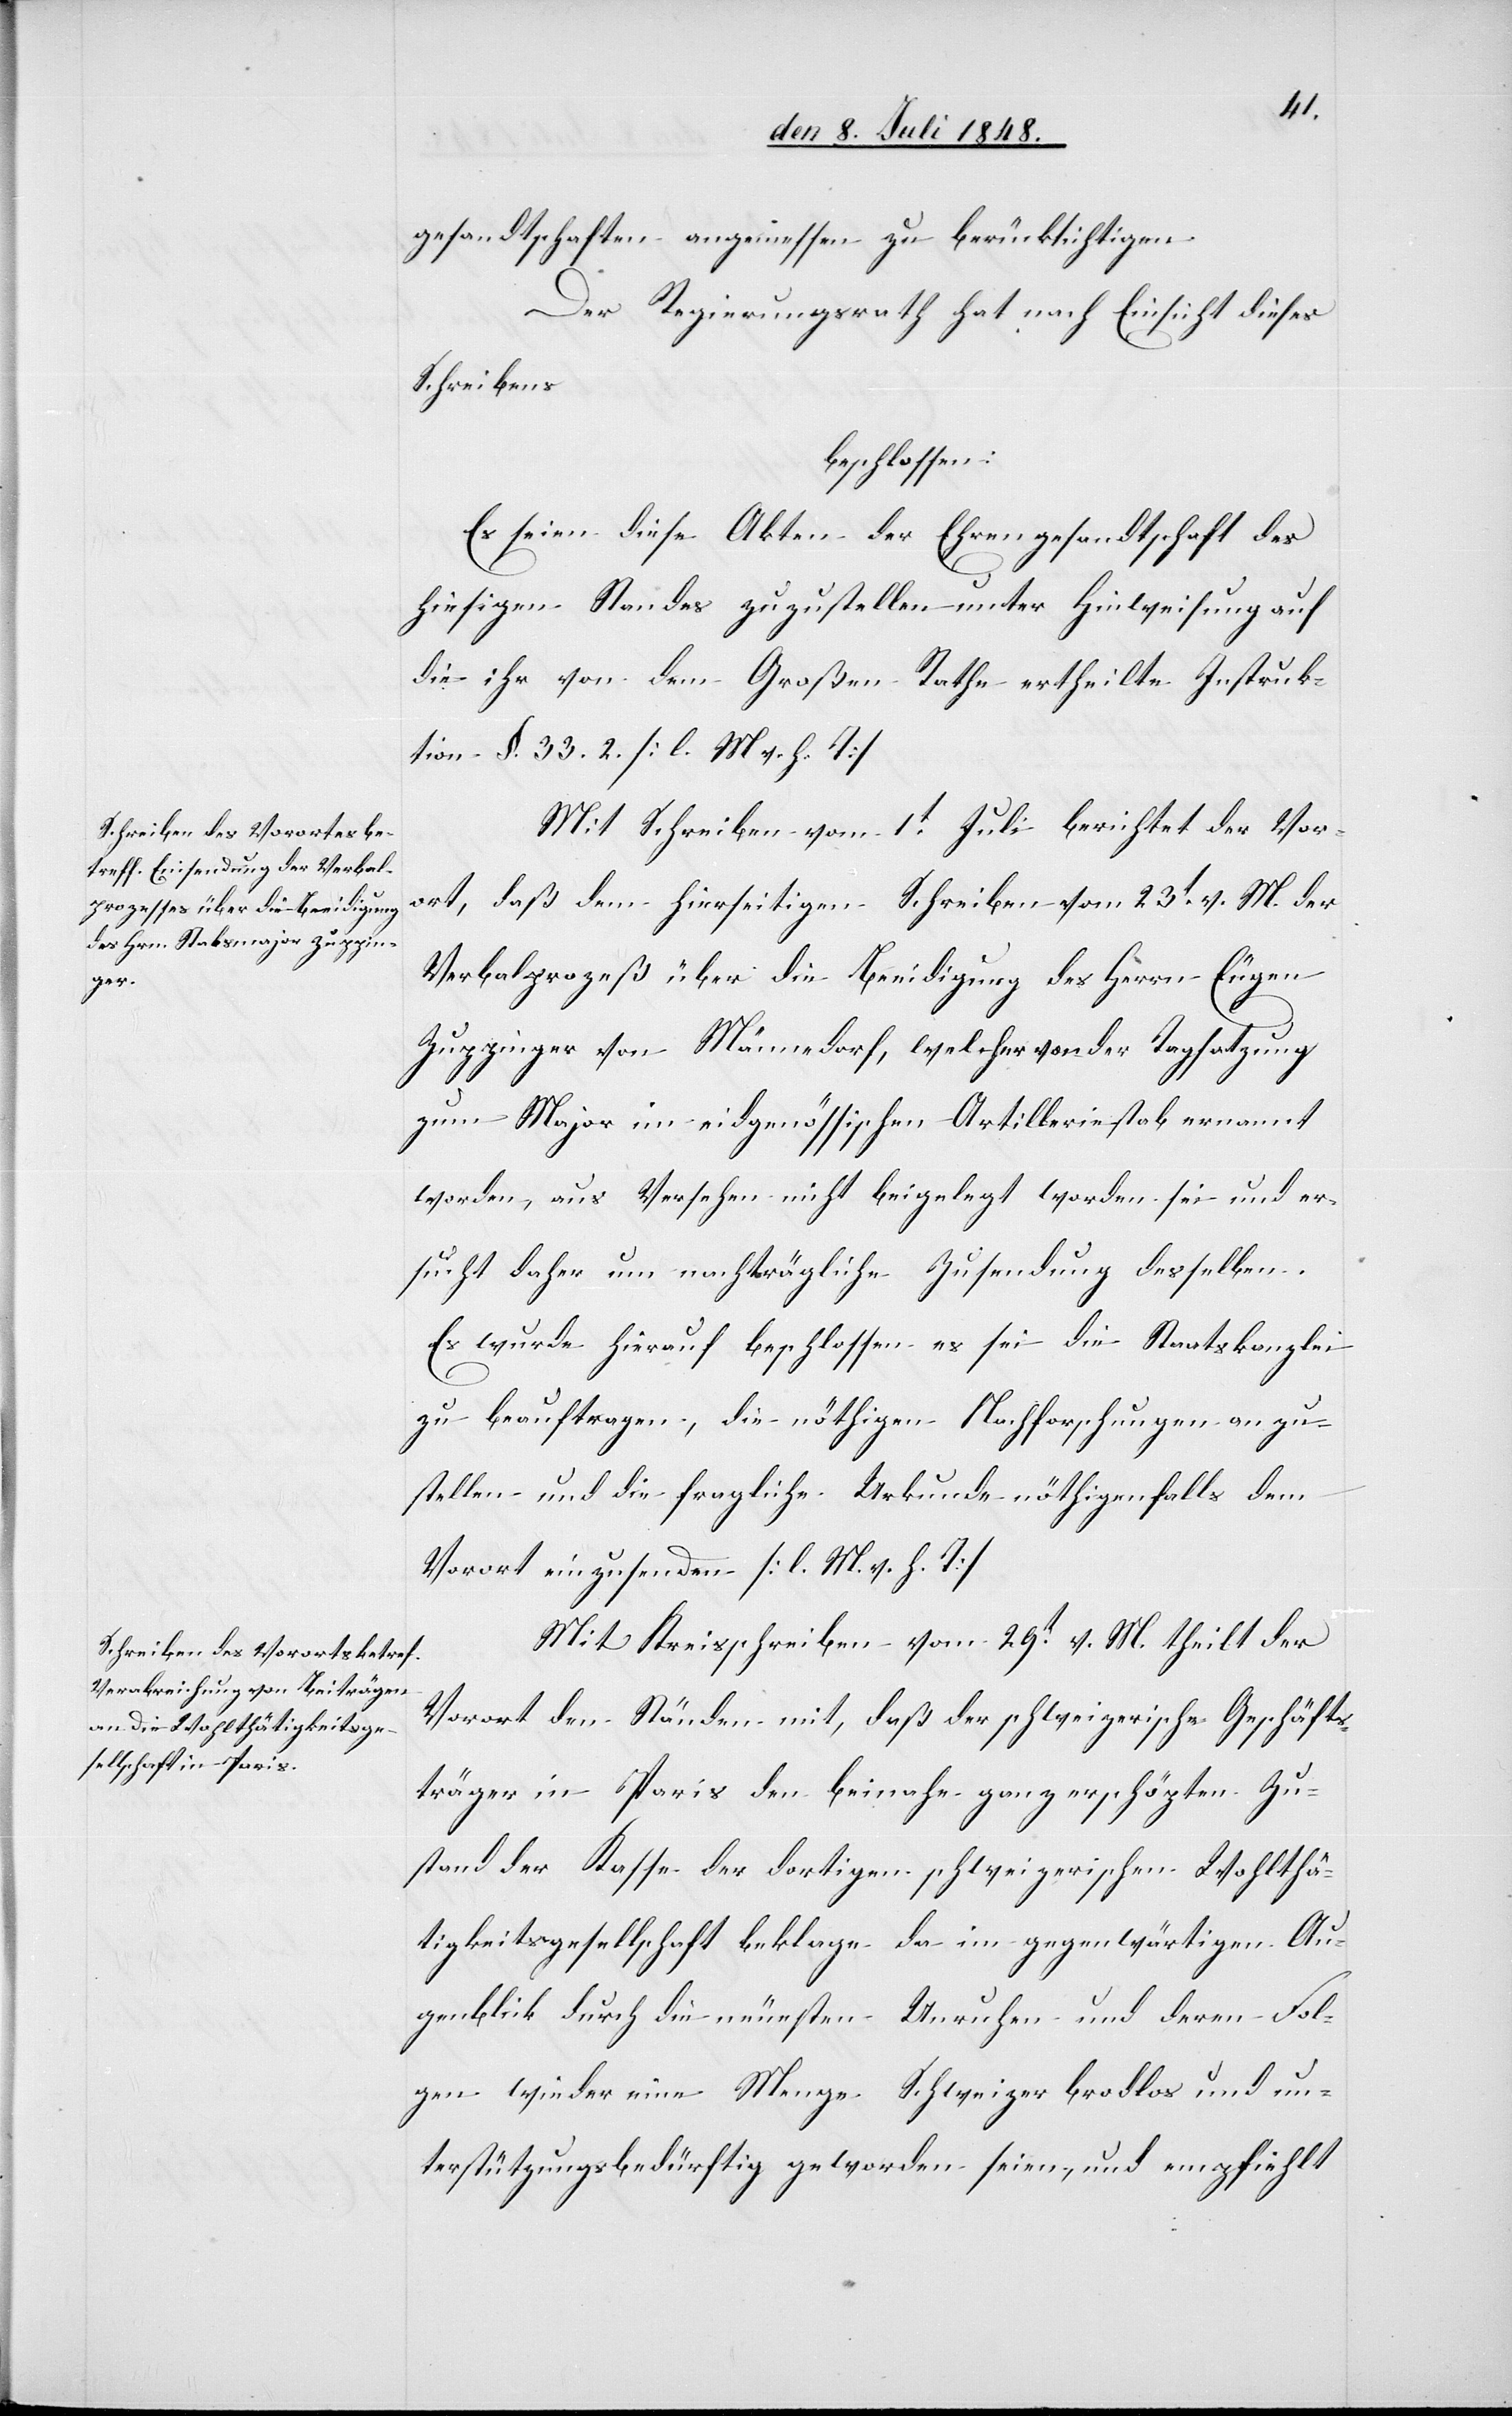
gesandtschaften angemessen zu berücksichtigen.
Der Regierungsrath hat nach Einsicht dieses
Schreibens
beschlossen.
Es seien diese Akten der Ehrengesandtschaft des
hiesigen Standes zuzustellen unter Hinweisung auf
die ihr von dem Großen Rathe ertheilte Instruk¬
tion §. 33. 2. [l. M. v. h. T]
Mit Schreiben vom 1t Juli berichtet der Vor¬
ort, daß den hierseitigen Schreiben vom 23t v. M. der
Verbalprozeß über die Beeidigung des Herrn Eugen
Zuppinger von Männedorf, welcher von der Tagsatzung
zum Major im eidgenössischen Artilleriestab ernannt
worden, aus Versehen nicht beigelegt worden sei, und er¬
sucht daher um nachträgliche Zusendung desselben.
Es wurde hierauf beschlossen es sei die Staatskanzlei
zu beauftragen, die nöthigen Nachforschungen anzu¬
stellen und die fragliche Urkunde nöthigenfalls dem
Vorort einzusenden. [l. M. v. h. T]
Mit Kreisschreiben vom 29t v. M. theilt der
Vorort den Ständen mit, daß der schweizerische Geschäfts¬
träger in Paris den beinahe ganz erschöpften Zu¬
stand der Kasse der dortigen schweizerischen Wohlthä¬
tigkeitsgesellschaft beklage da im gegenwärtigen Au¬
genblick durch die neuesten Unruhen und deren Fol¬
gen wieder eine Menge Schweizer brodlos und un¬
terstützungsbedürftig geworden seien, und empfiehlt